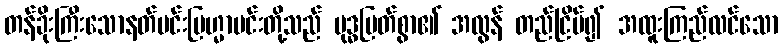
တန်ခိုးကြီးသောနတ်မင်းဗြဟ္မာမင်းတို့သည် ဗုဒ္ဓမြတ်စွာ၏ အလွန် တည်ငြိမ်၍ အထူးကြည်လင်သော